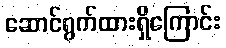
ဆောင်ရွက်ထားရှိကြောင်း